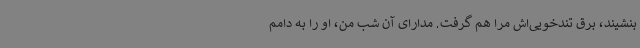
بنشیند، برق تندخویی‌اش مرا هم گرفت. مدارای آن شب من، او را به دامم